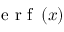
\textup { e r f } \left( x \right)